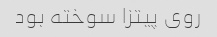
روی پیتزا سوخته بود